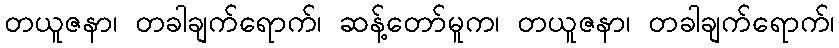
တယူဇနာ၊ တခါချက်ရောက်၊ ဆန့်တော်မူက၊ တယူဇနာ၊ တခါချက်ရောက်၊